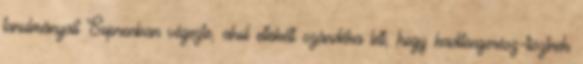
tanulmányait Sopronban végezte, ahol eltökélt szándéka lett, hogy haditengerész-tisztnek